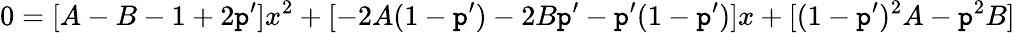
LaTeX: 0=[A-B-1+2\mathtt{p}^{\prime}]x^{2}+[-2A(1-\mathtt{p}^{\prime})-2B\mathtt{p}^{\prime}-\mathtt{p}^{\prime}(1-\mathtt{p}^{\prime})]x+[(1-\mathtt{p}^{\prime})^{2}A-\mathtt{p}^{2}B]